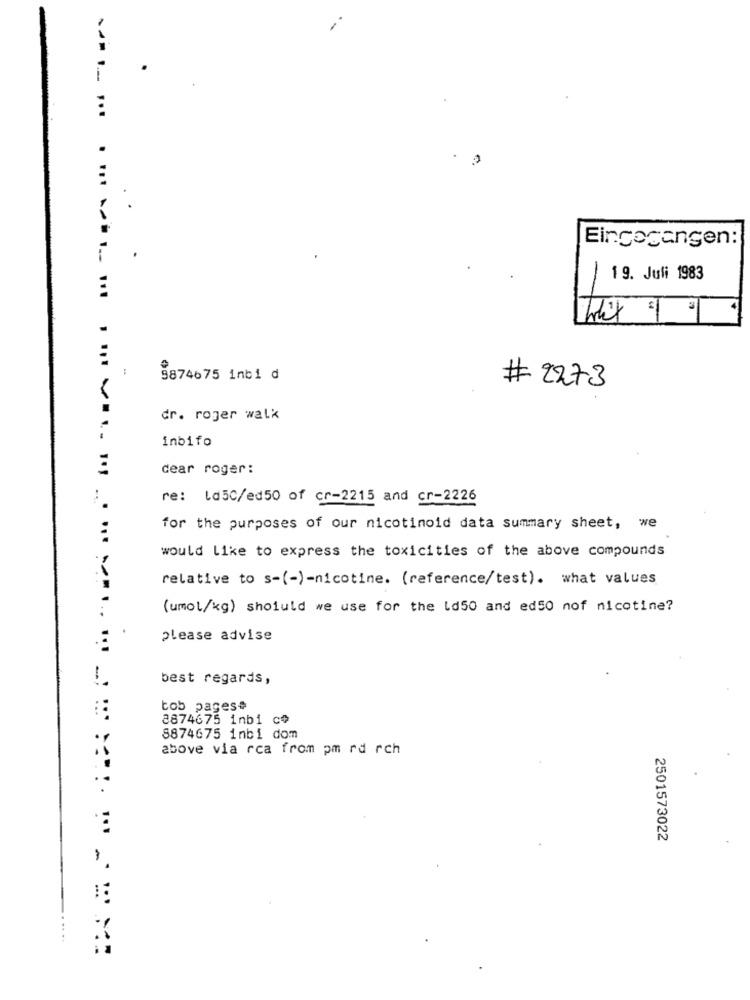
-... ...
Eingegangen:
19. Juli 1983
-
. ... ... .. ...
9874675 inbi d
# 2273
dr. roger walk
inbifo
dear roger:
re: ld50/ed50 of cr-2215 and cr-2226
for the purposes of our nicotinoid data summary sheet, we
would Like to express the toxicities of the above compounds
relative to s-(-)-nicotine. (reference/test). what values
(umol/kg) should we use for the ld50 and ed50 nof nicotine?
please advise
best regards,
bob pages#
8874675 inbi co
8874675 inbi dom
above via rca from pm rd rch
2501573022